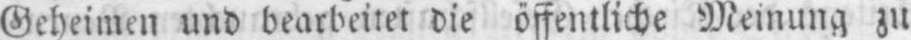
Geheimen und bearbeitet die öffentliche Meinung zu